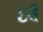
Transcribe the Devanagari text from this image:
६वँ